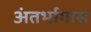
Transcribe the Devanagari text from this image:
अंतर्भागास